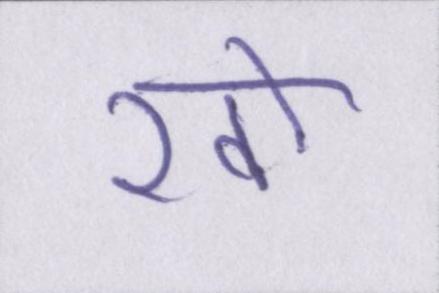
खो